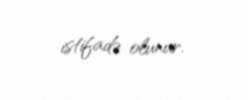
istifadə olunur.